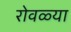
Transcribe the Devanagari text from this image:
रोवळ्या